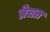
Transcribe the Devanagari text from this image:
ब्रेख़्त